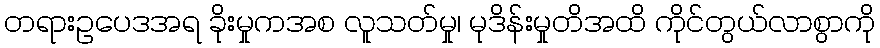
တရားဥပေဒအရ ခိုးမှုကအစ လူသတ်မှု၊ မုဒိန်းမှုတိအထိ ကိုင်တွယ်လာစွာကို